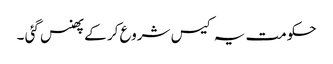
حکومت یہ کیس شروع کر کے پھنس گئی ۔